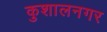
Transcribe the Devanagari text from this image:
कुशालनगर